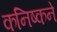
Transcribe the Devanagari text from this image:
कनिष्कने